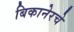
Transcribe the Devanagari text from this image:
बिकानेरचे